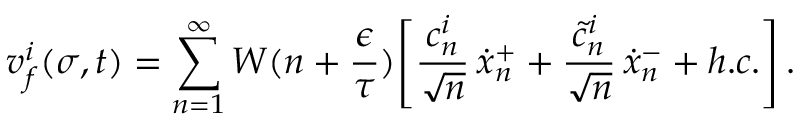
v _ { f } ^ { i } ( \sigma , t ) = \sum _ { n = 1 } ^ { \infty } W ( n + \frac { \epsilon } { \tau } ) \Biggl [ \frac { c _ { n } ^ { i } } { \sqrt { n } } \, \dot { x } _ { n } ^ { + } + \frac { \tilde { c } _ { n } ^ { i } } { \sqrt { n } } \, \dot { x } _ { n } ^ { - } + h . c . \Biggr ] \, .